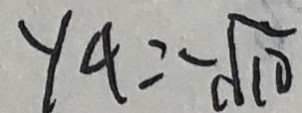
y _ { 4 } = - \sqrt { 1 0 }